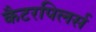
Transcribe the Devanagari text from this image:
कैटरपिलर्स